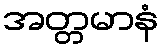
အတ္တမာနံ